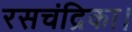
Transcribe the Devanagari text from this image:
रसचंद्रिका।